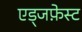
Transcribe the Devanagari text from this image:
एड्जफ़ेस्ट